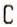
C